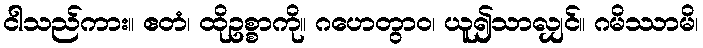
ငါသည်ကား။ ဧတံ၊ ထိုဥစ္စာကို။ ဂဟေတွာဝ၊ ယူ၍သာလျှင်။ ဂမိဿာမိ၊